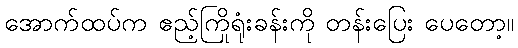
အောက်ထပ်က ဧည့်ကြိုရုံးခန်းကို တန်းပြေး ပေတော့။